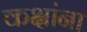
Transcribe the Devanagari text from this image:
कक्षांना